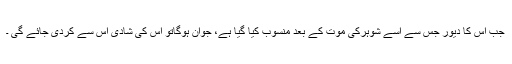
جب اس کا دیور جس سے اسے شوہرکی موت کے بعد منسوب کیا گیا ہے، جوان ہوگاتو اس کی شادی اس سے کردی جائے گی ۔